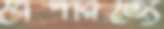
বৈপরিত্যে